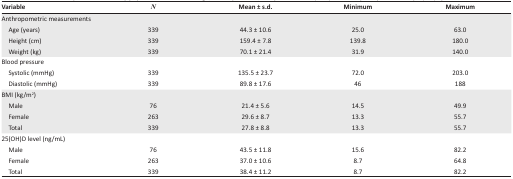
<table><thead><tr><td><b>Variable</b></td><td><b><i>N</i></b></td><td><b>Mean ± s.d.</b></td><td><b>Minimum</b></td><td><b>Maximum</b></td></tr></thead><tbody><tr><td colspan="5">Anthropometric measurements</td></tr><tr><td> Age (years)</td><td>339</td><td>44.3 ± 10.6</td><td>25.0</td><td>63.0</td></tr><tr><td> Height (cm)</td><td>339</td><td>159.4 ± 7.8</td><td>139.8</td><td>180.0</td></tr><tr><td> Weight (kg)</td><td>339</td><td>70.1 ± 21.4</td><td>31.9</td><td>140.0</td></tr><tr><td colspan="5">Blood pressure</td></tr><tr><td> Systolic (mmHg)</td><td>339</td><td>135.5 ± 23.7</td><td>72.0</td><td>203.0</td></tr><tr><td> Diastolic (mmHg)</td><td>339</td><td>89.8 ± 17.6</td><td>46</td><td>188</td></tr><tr><td colspan="5">BMI (kg/m<sup>2</sup>)</td></tr><tr><td> Male</td><td>76</td><td>21.4 ± 5.6</td><td>14.5</td><td>49.9</td></tr><tr><td> Female</td><td>263</td><td>29.6 ± 8.7</td><td>13.3</td><td>55.7</td></tr><tr><td> Total</td><td>339</td><td>27.8 ± 8.8</td><td>13.3</td><td>55.7</td></tr><tr><td colspan="5">25(OH)D level (ng/mL)</td></tr><tr><td> Male</td><td>76</td><td>43.5 ± 11.8</td><td>15.6</td><td>82.2</td></tr><tr><td> Female</td><td>263</td><td>37.0 ± 10.6</td><td>8.7</td><td>64.8</td></tr><tr><td> Total</td><td>339</td><td>38.4 ± 11.2</td><td>8.7</td><td>82.2</td></tr></tbody></table>